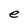
Character: e